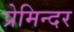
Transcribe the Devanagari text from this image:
प्रेमिन्दर